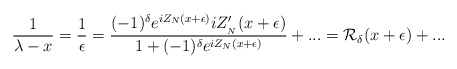
\begin{align*}\displaystyle\frac{1}{\lambda -x}=\displaystyle\frac{1}{\epsilon }=\displaystyle\frac{(-1)^{\delta }e^{iZ_{N}(x+\epsilon )}iZ'_{_{N}}(x+\epsilon )}{1+(-1)^{\delta }e^{iZ_{N}(x+\epsilon )}}+...={\cal R}_{\delta }(x+\epsilon )+...\end{align*}